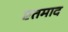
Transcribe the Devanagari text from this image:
एतमाद